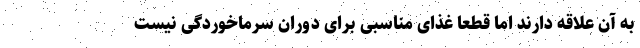
به آن علاقه دارند اما قطعاً غذای مناسبی برای دوران سرماخوردگی نیست